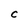
Character: C